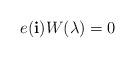
LaTeX: \begin{align*} e(\mathbf{i})W(\lambda)=0 \end{align*}